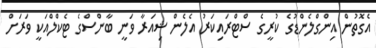
އެގޮތުން އިންގްލެންޑުގެ ކުރީގެ ސްޓްރައިކަރު އެލެން ޝިއަރާ ވަނީ ބާންސްގެ ޓެކްލްއަކީ ވަރަށް